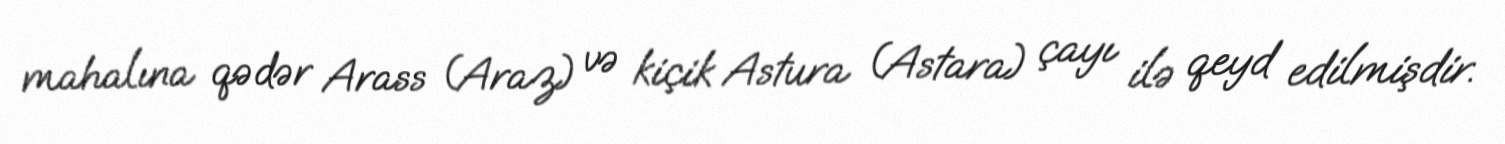
mahalına qədər Arass (Araz) və kiçik Astura (Astara) çayı ilə qeyd edilmişdir.